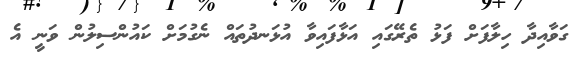
ގަވާއިދާ ހިލާފަށް ފަޅު ތެރޭގައި އަޅާފައިވާ އުޅަނދުތައް ނެގުމަށް ކައުންސިލުން ވަނީ އެ